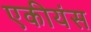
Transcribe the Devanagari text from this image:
एकीयंस